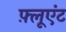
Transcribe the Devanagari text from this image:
फ़्लूएंट